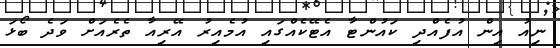
ނިއު އިން އުފެއްދި ކައުންޓާ އެޓޭކެއްގައި އުމެއިރު އޭރިއާ ތެރެއަށް ވަދެ ބޯޅަ